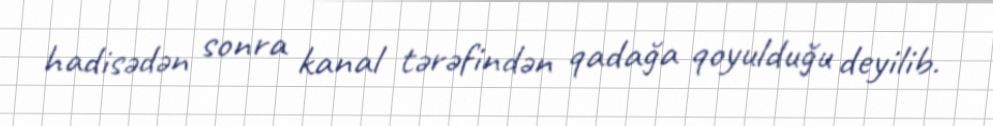
hadisədən sonra kanal tərəfindən qadağa qoyulduğu deyilib.